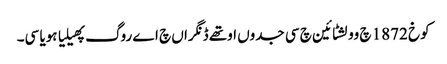
کوخ 1872 چ وولشٹائین چ سی جدوں اوتھے ڈنگراں چ اے روگ پھیلیا ہویا سی۔